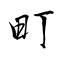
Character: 町